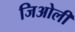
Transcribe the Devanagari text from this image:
जिओली